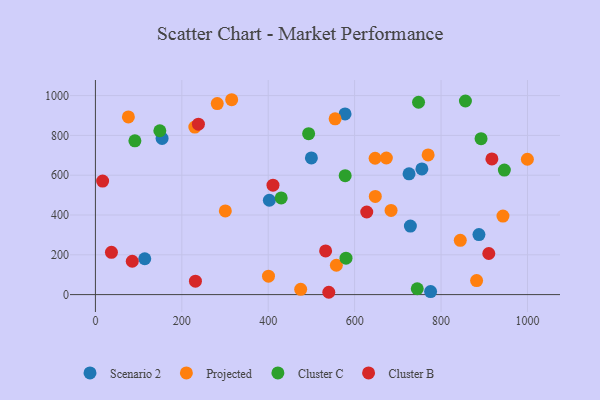
{"axis": {"x": "Price", "y": "Salary"}, "legend": ["Cluster B", "Cluster C", "Projected", "Scenario 2"], "data": [{"x": "755.6", "y": 631.8, "type": "Scenario 2"}, {"x": "154.3", "y": 784.9, "type": "Scenario 2"}, {"x": "499.9", "y": 686.9, "type": "Scenario 2"}, {"x": "887.7", "y": 301.8, "type": "Scenario 2"}, {"x": "577.8", "y": 907.8, "type": "Scenario 2"}, {"x": "725.9", "y": 606.8, "type": "Scenario 2"}, {"x": "775.8", "y": 15.2, "type": "Scenario 2"}, {"x": "402.6", "y": 474.2, "type": "Scenario 2"}, {"x": "114.2", "y": 180.1, "type": "Scenario 2"}, {"x": "729.0", "y": 344.4, "type": "Scenario 2"}, {"x": "76.3", "y": 892.9, "type": "Projected"}, {"x": "315.4", "y": 979.4, "type": "Projected"}, {"x": "770.1", "y": 701.8, "type": "Projected"}, {"x": "557.7", "y": 147.5, "type": "Projected"}, {"x": "673.4", "y": 686.5, "type": "Projected"}, {"x": "647.8", "y": 493.4, "type": "Projected"}, {"x": "400.6", "y": 92.7, "type": "Projected"}, {"x": "647.4", "y": 685.2, "type": "Projected"}, {"x": "943.3", "y": 394.9, "type": "Projected"}, {"x": "882.3", "y": 70.7, "type": "Projected"}, {"x": "844.5", "y": 272.7, "type": "Projected"}, {"x": "475.1", "y": 26.6, "type": "Projected"}, {"x": "684.3", "y": 423.1, "type": "Projected"}, {"x": "282.0", "y": 960.2, "type": "Projected"}, {"x": "999.8", "y": 680.3, "type": "Projected"}, {"x": "300.7", "y": 420.6, "type": "Projected"}, {"x": "230.1", "y": 841.8, "type": "Projected"}, {"x": "554.8", "y": 883.6, "type": "Projected"}, {"x": "744.9", "y": 29.3, "type": "Cluster C"}, {"x": "747.9", "y": 966.6, "type": "Cluster C"}, {"x": "580.0", "y": 183.1, "type": "Cluster C"}, {"x": "430.0", "y": 485.7, "type": "Cluster C"}, {"x": "892.6", "y": 783.4, "type": "Cluster C"}, {"x": "91.4", "y": 773.0, "type": "Cluster C"}, {"x": "946.5", "y": 625.9, "type": "Cluster C"}, {"x": "856.4", "y": 973.1, "type": "Cluster C"}, {"x": "493.5", "y": 808.6, "type": "Cluster C"}, {"x": "149.1", "y": 823.4, "type": "Cluster C"}, {"x": "578.1", "y": 597.7, "type": "Cluster C"}, {"x": "411.0", "y": 549.9, "type": "Cluster B"}, {"x": "910.5", "y": 206.6, "type": "Cluster B"}, {"x": "628.0", "y": 415.1, "type": "Cluster B"}, {"x": "16.7", "y": 570.8, "type": "Cluster B"}, {"x": "37.1", "y": 212.7, "type": "Cluster B"}, {"x": "532.8", "y": 219.5, "type": "Cluster B"}, {"x": "917.7", "y": 681.8, "type": "Cluster B"}, {"x": "540.2", "y": 11.7, "type": "Cluster B"}, {"x": "231.5", "y": 67.6, "type": "Cluster B"}, {"x": "85.3", "y": 167.5, "type": "Cluster B"}, {"x": "238.4", "y": 856.7, "type": "Cluster B"}]}